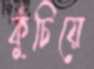
কুঁচিয়ে